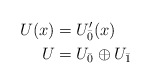
\begin{align*}U(x)& = U^\prime_{\bar{0}}(x)\\U& = U_{\bar{0}}\oplus U_{\bar{1}}\end{align*}